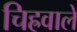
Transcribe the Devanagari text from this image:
चिह्रवाले